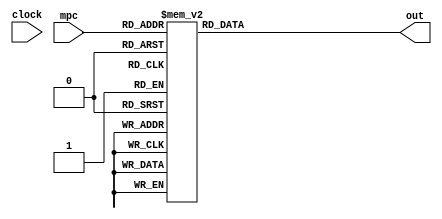
module mem(clock, mpc, out);

	input wire clock;
	input wire [3:0] mpc;
	output reg [17:0] out;

	always @(*) begin
		case (mpc)
			0: out <= 18'b000010000101000111;
			1: out <= 18'b000110000000000001;
			2: out <= 18'b000100000000000010;
			3: out <= 18'b000000001100000011;
			4: out <= 18'b000000110000000000;
			5: out <= 18'b000000001010000000;
			6: out <= 18'b101000000000000011;
			7: out <= 18'b000001010000000000;
			8: out <= 18'b011000000000011000;
			9: out <= 18'b000000000000100100;
			default: out <= 18'b000010000101000111;
		endcase
	end
	
endmodule